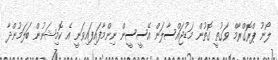
ލޯނު ޕްރޮގްރާމް ވަގުތީ ގޮތުން މަޑުޖައްސާލަން އޭސީސީން ނިންމާފައިފައިވަނީ އެ ކޮމިޝަނުން ބަލަމުންދާ